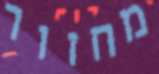
מחזור